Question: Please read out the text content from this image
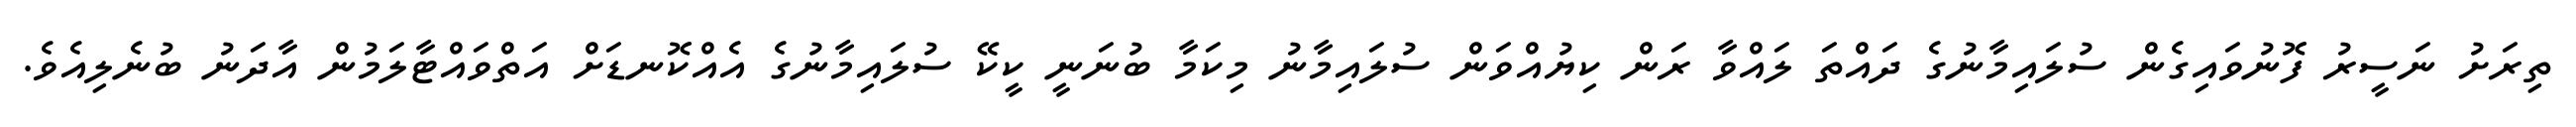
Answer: ތިރަށު ނަސީރު ފޮނުވައިގެން ސުލައިމާނުގެ ދައްތަ ލައްވާ ރަން ކިޔުއްވަން ސުލައިމާނު މިކަމާ ބުނަނީ ކީކޭ ސުލައިމާނުގެ އެއްކޮނޑަށް އަތްވައްޓާލަމުން އާދަނު ބުނެލިއެވެ.